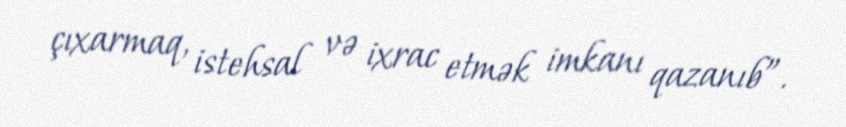
çıxarmaq, istehsal və ixrac etmək imkanı qazanıb”.